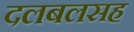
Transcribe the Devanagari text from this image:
दलबलसह